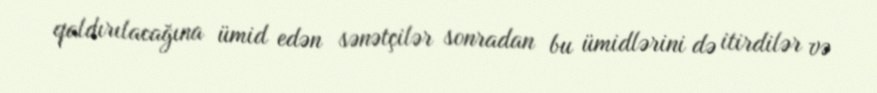
qaldırılacağına ümid edən sənətçilər sonradan bu ümidlərini də itirdilər və